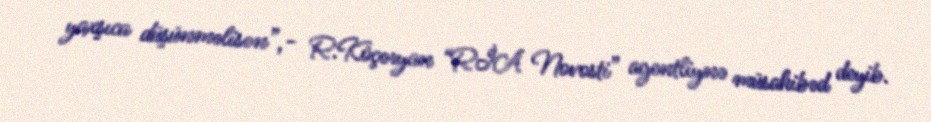
yaxşıca düşünməlisən”,- R.Köçəryan “RİA Novosti” agentliynə müsahibəd deyib.